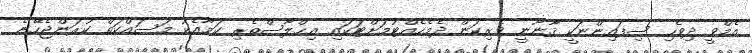
އެމްވީ ދިވެހި ސިފައިންނަކީ ޤާނޫނީ ވެރިކަން ދެމެހެއްޓުމަށްޓަކައި އިޙްލާސްތެރި ކަމާއެކު މަސައްކަތް ކުރަންޖެހޭނެ